Scottish Leaving Certificate Examination, 1954
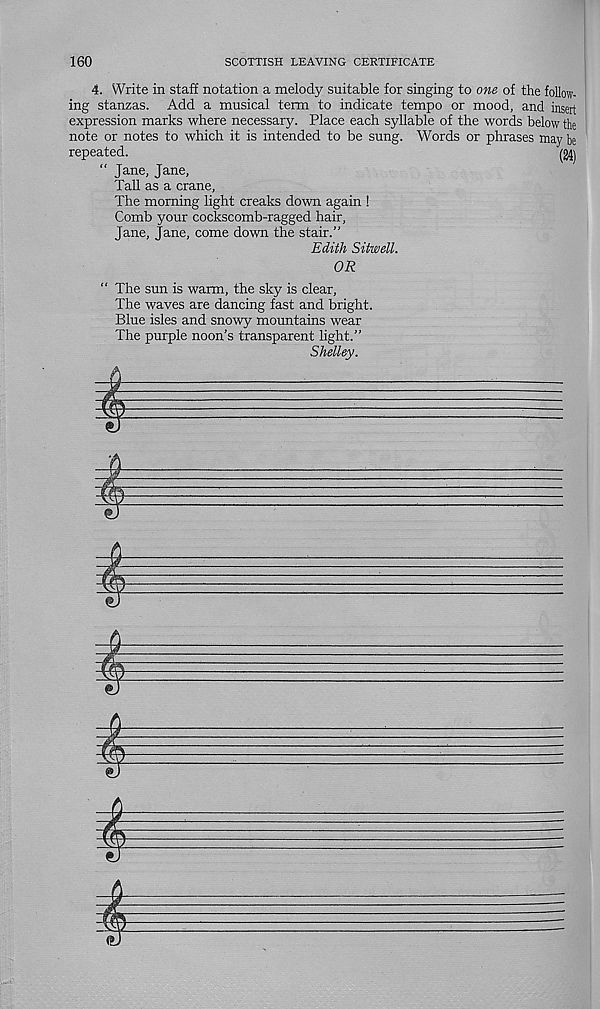
160
SCOTTISH LEAVING CERTIFICATE
4. Write in staff notation a melody suitable for singing to one of the follow-
ing stanzas. Add a musical term to indicate tempo or mood, and insert
expression marks where necessary. Place each syllable of the words below the
note or notes to which it is intended to be sung. Words or phrases may be
repeated.
(24)
“ Jane, Jane,
Tall as a crane,
The morning light creaks down again !
Comb your cockscomb-ragged hair,
Jane, Jane, come down the stair.”
Edith Sitwell.
OR
“ The sun is warm, the sky is clear,
The waves are dancing fast and bright.
Blue isles and snowy mountains wear
The purple noon’s transparent light.”
Shelley.